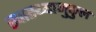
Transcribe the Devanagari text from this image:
स्वास्थ्यानुकुल